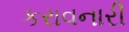
કરાવનારી